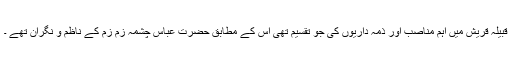
قبیلہ قریش میں اہم مناصب اور ذمہ داریوں کی جو تقسیم تھی اس کے مطابق حضرت عباس ؓچشمہ زم زم کے ناظم و نگران تھے ۔